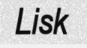
Lisk